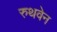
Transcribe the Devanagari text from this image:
रुथवेन